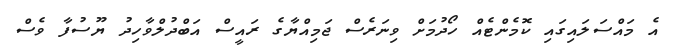
އެ މައްސަލައިގައި ކޮމެންޓެއް ހޯދުމަށް ވިނަރެސް ޖަމިއްޔާގެ ރައީސް އަބްދުލްވާހިދު ޔޫސުފާ ވެސް